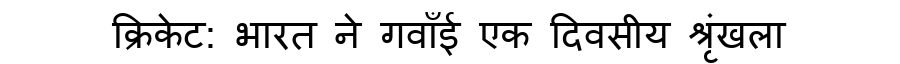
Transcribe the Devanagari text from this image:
क्रिकेट: भारत ने गवाँई एक दिवसीय श्रृंखला